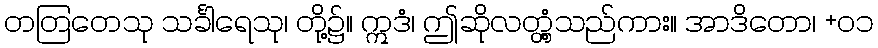
တတြတေသု သင်္ခါရေသု၊ တို့၌။ ဣဒံ၊ ဤဆိုလတ္တံ့သည်ကား။ အာဒိတော၊ +၀၁